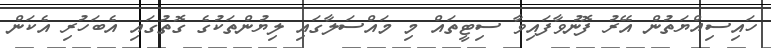
ހައިސިއްޔަތުން އޭރު ފޮނުވާފައިވާ ސިޓީތައް މި މައްސަލާގައި ލިޔުންތަކުގެ ގޮތުގައި އެބަހުރި އެކަން